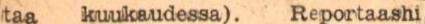
taa kuukaudessa). Reportaashi